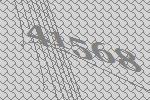
41568